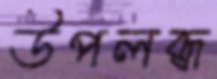
উপলব্ধ